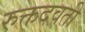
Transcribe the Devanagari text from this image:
रुक्तदवती